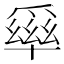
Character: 𤔭